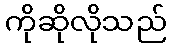
ကိုဆိုလိုသည်